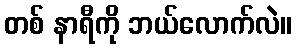
တစ် နာရီကို ဘယ်လောက်လဲ။